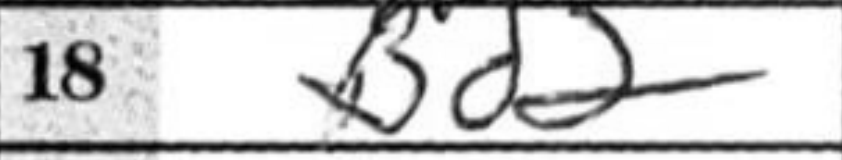
Transcription: Bd2